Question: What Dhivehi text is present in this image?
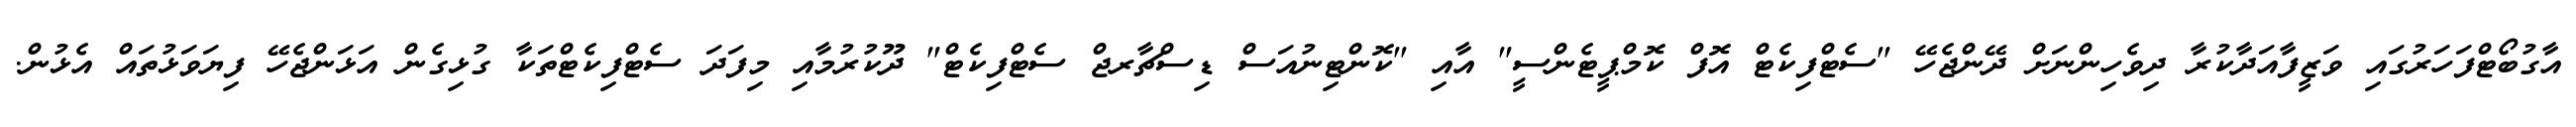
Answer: އާގުބޯޓްފަހަރުގައި ވަޒީފާއަދާކުރާ ދިވެހިންނަށް ދޭންޖެހޭ "ސެޓްފިކެޓް އޮފް ކޮމްޕީޓެންސީ" އާއި "ކޮންޓިނުއަސް ޑިސްޗާރޖް ސެޓްފިކެޓް" ދޫކުރުމާއި މިފަދަ ސެޓްފިކެޓްތަކާ ގުޅިގެން އަޅަންޖެހޭ ފިޔަވަޅުތައް އެޅުން.